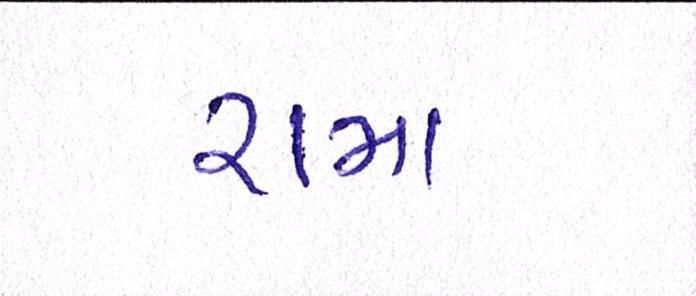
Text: રામા